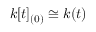
k [ t ] _ { ( 0 ) } \cong k ( t )